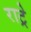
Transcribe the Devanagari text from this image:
राट्रे